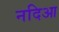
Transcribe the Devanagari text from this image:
नदिआ